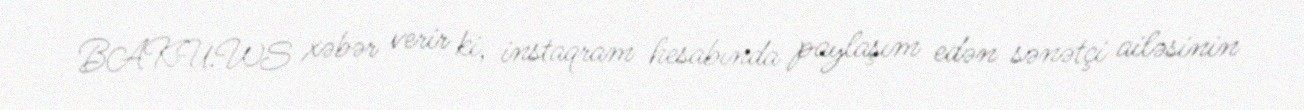
BAKU.WS xəbər verir ki, instaqram hesabında paylaşım edən sənətçi ailəsinin